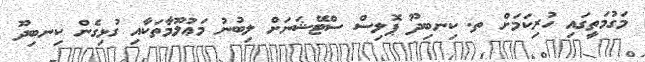
މަގުމަތީގައި ހުރިކަމަށް ތ. ކިނބިދޫ ޕޮލިސް ސްޓޭޝަނަށް ލިބުނު މަޢުލޫމާތަކާއި ގުޅިގެން ކިނބިދޫ